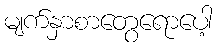
မျက်နှာစာတွေရောပေါ့